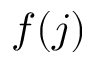
f ( j )